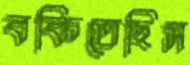
বকিতেছিস